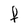
Character: f